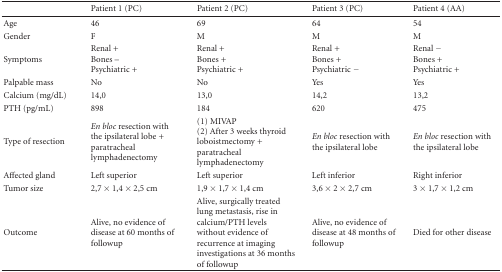
|  | Patient 1 (PC) | Patient 2 (PC) | Patient 3 (PC) | Patient 4 (AA) |
 | --- | --- | --- | --- | --- |
 | Age | 46 | 69 | 64 | 54 |
 | Gender | F | M | M | M |
 | Symptoms | Renal +Bones – Psychiatric + | Renal +Bones +Psychiatric + | Renal +Bones +Psychiatric − | Renal −Bones +Psychiatric + |
 | Palpable mass | No | No | Yes | Yes |
 | Calcium (mg/dL) | 14,0 | 13,0 | 14,2 | 13,2 |
 | PTH (pg/mL) | 898 | 184 | 620 | 475 |
 | Type of resection | En bloc resection with the ipsilateral lobe + paratracheal lymphadenectomy | (1) MIVAP(2) After 3 weeks thyroid loboistmectomy + paratracheal lymphadenectomy | En bloc resection with the ipsilateral lobe | En bloc resection with the ipsilateral lobe |
 | Affected gland | Left superior | Left superior | Left inferior | Right inferior |
 | Tumor size | 2,7 × 1,4 × 2,5 cm | 1,9 × 1,7 × 1,4 cm | 3,6 × 2 × 2,7 cm | 3 × 1,7 × 1,2 cm |
 | Outcome | Alive, no evidence of disease at 60 months of followup | Alive, surgically treated lung metastasis, rise in calcium/PTH levels without evidence of recurrence at imaging investigations at 36 months of followup | Alive, no evidence of disease at 48 months of followup | Died for other disease |